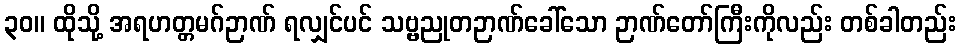
၃၀။ ထိုသို့ အရဟတ္တမဂ်ဉာဏ် ရလျှင်ပင် သဗ္ဗညုတဉာဏ်ခေါ်သော ဉာဏ်တော်ကြီးကိုလည်း တစ်ခါတည်း